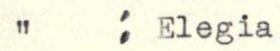
"  : Elegia